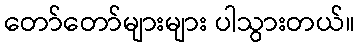
တော်တော်များများ ပါသွားတယ်။